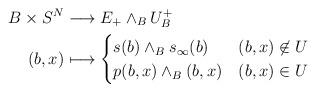
LaTeX: \begin{align*}B \times S^N & \longrightarrow E_+ \wedge_B U^+_B\\(b, x) & \longmapsto \begin{cases}s(b) \wedge_B s_\infty(b) & (b,x) \not\in U\\p(b,x) \wedge_B (b,x) & (b,x) \in U\end{cases}\end{align*}